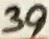
Text: 39